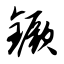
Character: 镢